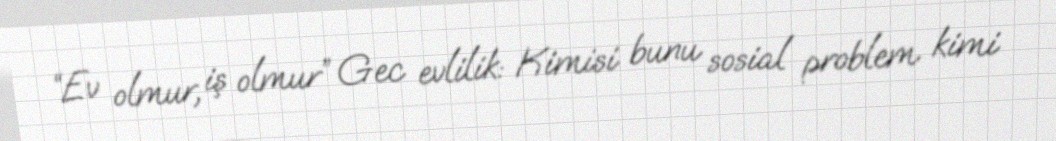
“Ev olmur, iş olmur” Gec evlilik: Kimisi bunu sosial problem kimi